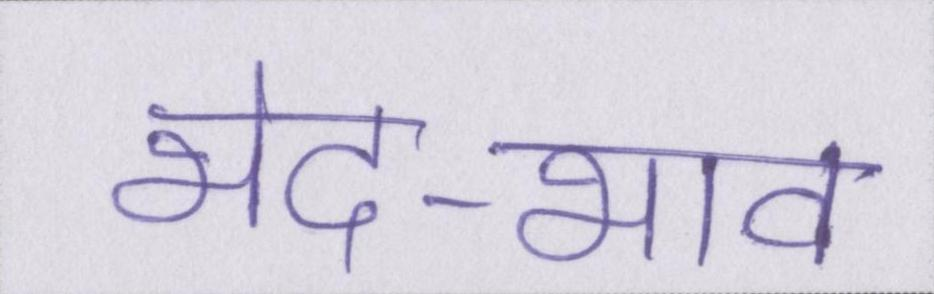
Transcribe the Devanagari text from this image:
भेद-भाव